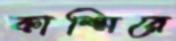
কাশ্মিরে